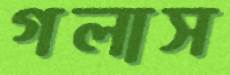
গলাস